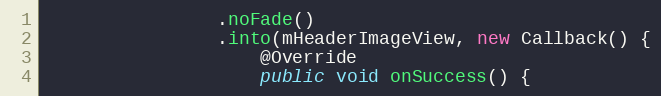
Language: Java
                .noFade()
                .into(mHeaderImageView, new Callback() {
                    @Override
                    public void onSuccess() {